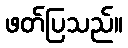
ဖတ်ပြသည်။